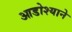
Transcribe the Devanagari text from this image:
आडोश्याने